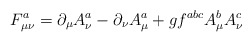
\begin{align*}F_{\mu \nu }^a=\partial _\mu A_\nu ^a-\partial _\nu A_\mu ^a+gf^{abc}A_\mu^bA_\nu ^c\end{align*}